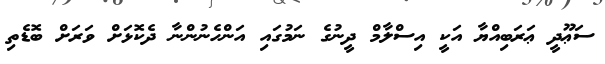
ސަޢޫދީ ޢަރަބިއްޔާ އަކީ އިސްލާމް ދީނުގެ ނަމުގައި އަންހެނުންނާ ދެކޮޅަށް ވަރަށް ބޮޑެތި